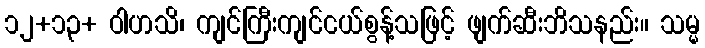
၁၂+၁၃+ ဝါဟသိ၊ ကျင်ကြီးကျင်ငယ်စွန့်သဖြင့် ဖျက်ဆီးဘိသနည်း။ သမ္မ